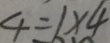
4 = 1 \times 4